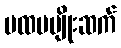
ပထမမျိုးဆက်